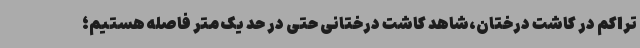
تراکم در کاشت درختان،شاهد کاشت درختانی حتی در حد یک متر فاصله هستیم؛